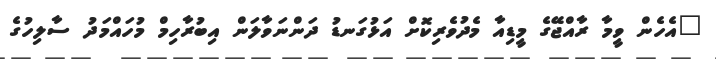
"އެހެން ވީމާ ރާއްޖޭގެ މީޑިއާ މެދުވެރިކޮށް އަޅުގަނޑު ދަންނަވާލަން އިބުރާހިމް މުހައްމަދު ސާލިހުގެ